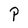
Character: P